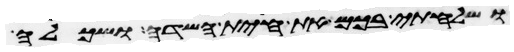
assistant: ושלחתי בכם את חית השדה ושכלה